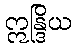
ဣန္ဒြိယ